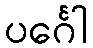
ပင်္ဂေါ